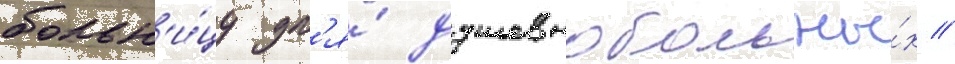
больн'и́цу дл'я́ душевнобольны́х //